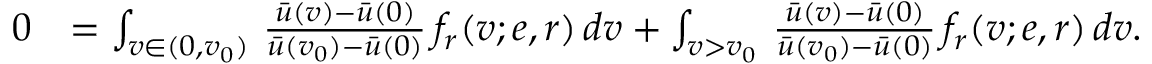
\begin{array} { r l } { 0 } & { = \int _ { v \in ( 0 , v _ { 0 } ) } \, \frac { \bar { u } ( v ) - \bar { u } ( 0 ) } { \bar { u } ( v _ { 0 } ) - \bar { u } ( 0 ) } \, f _ { r } ( v ; e , r ) \, d v + \int _ { v > v _ { 0 } } \, \frac { \bar { u } ( v ) - \bar { u } ( 0 ) } { \bar { u } ( v _ { 0 } ) - \bar { u } ( 0 ) } \, f _ { r } ( v ; e , r ) \, d v . } \end{array}